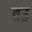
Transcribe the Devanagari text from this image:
तउ